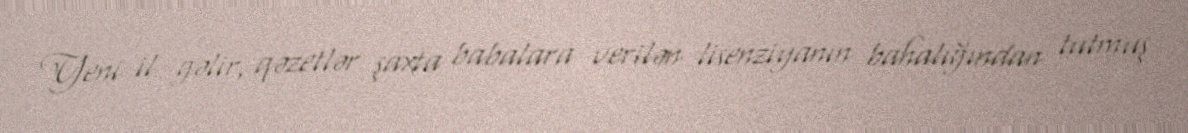
Yeni il gəlir, qəzetlər şaxta babalara verilən lisenziyanın bahalığından tutmuş